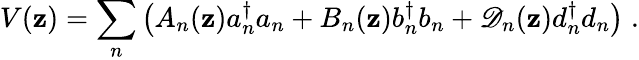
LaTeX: V(\mathbf{z})={\sum_{n}}\left(A_{n}(\mathbf{z})a{_n^{\dagger}}a_{n}+B_{n}(\mathbf{z})b{_n^{\dagger}}b_{n}+\mathscr{D}_{n}(\mathbf{z})d{_n^{\dagger}}d_{n}\right)\; .